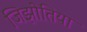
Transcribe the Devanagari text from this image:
जिझोतिया